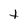
Character: t